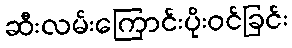
ဆီးလမ်းကြောင်းပိုးဝင်ခြင်း